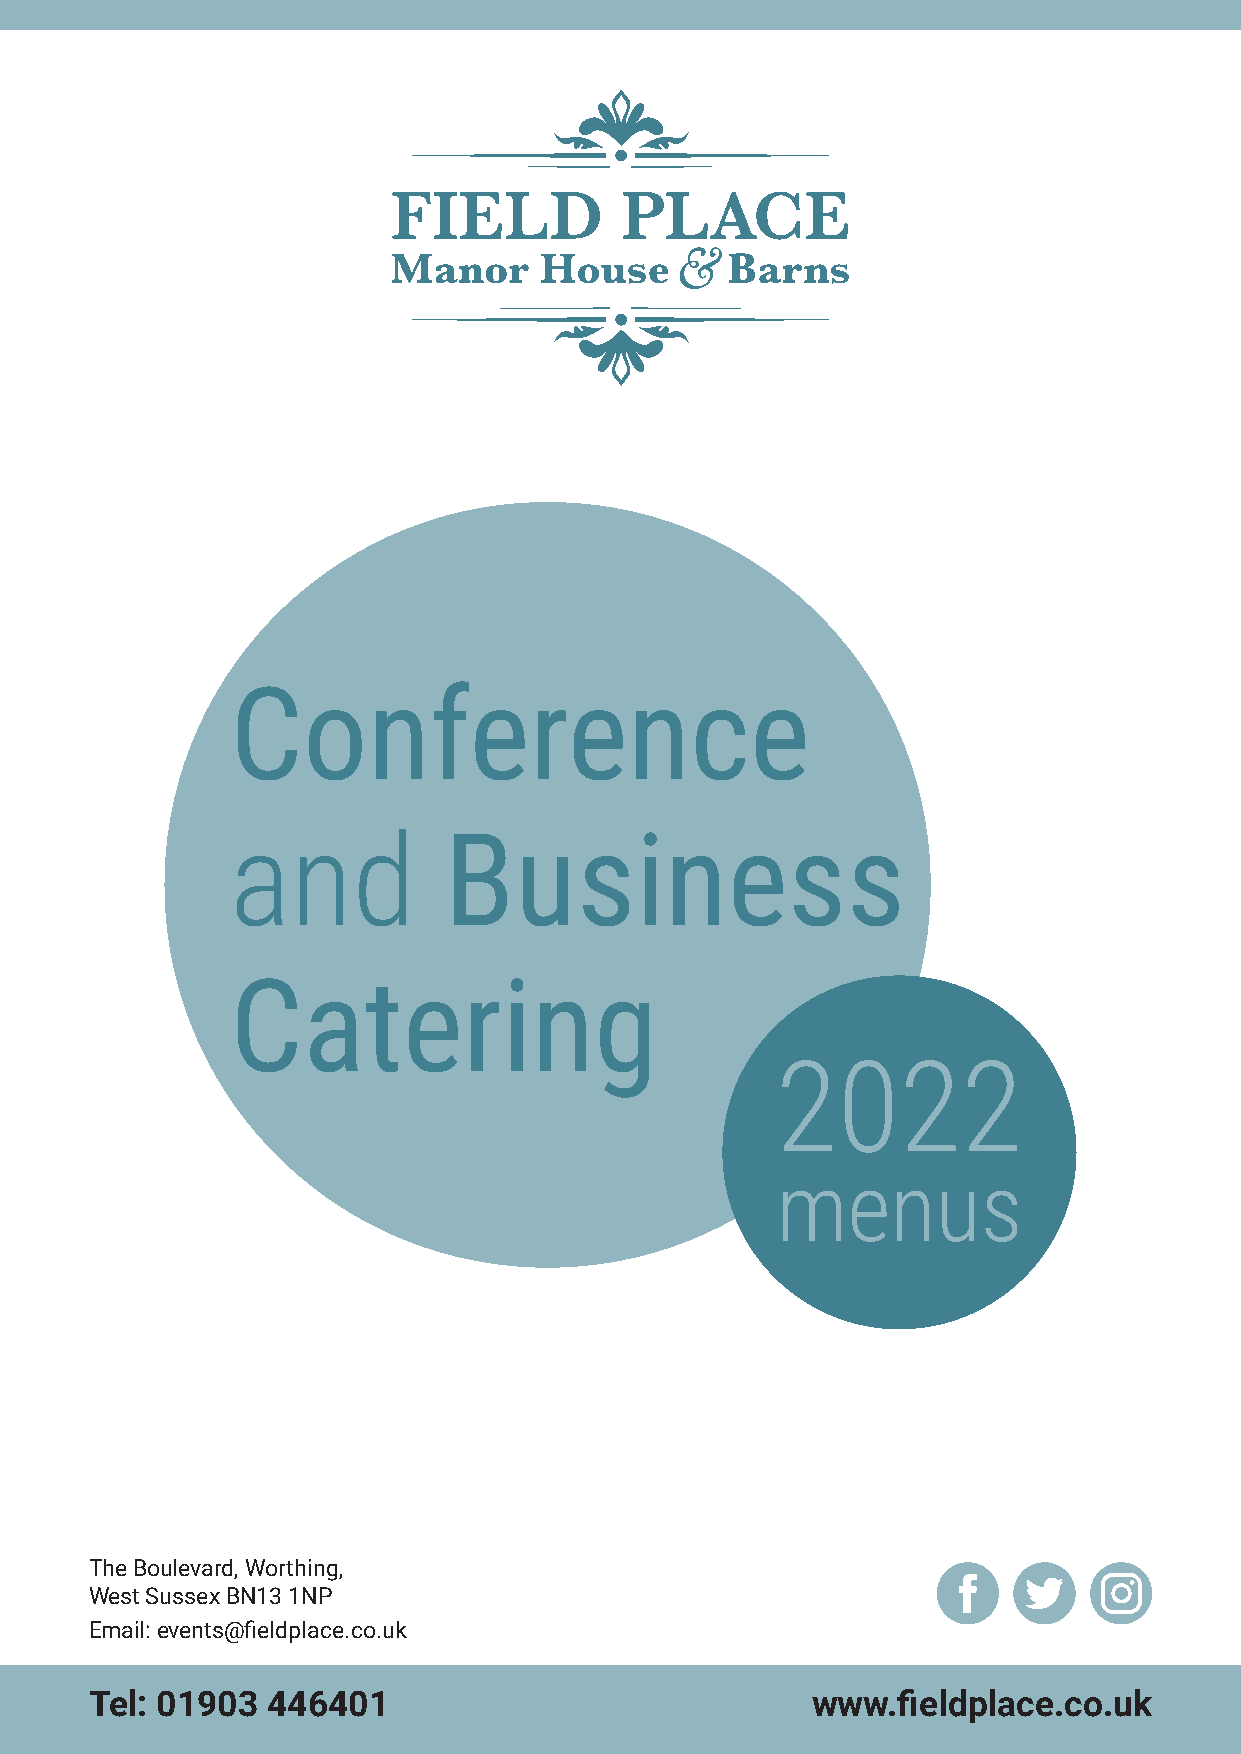
Conference
 and           Business
 Catering
 2022
 menus
 The Boulevard, Worthing,
 West Sussex BN13 1NP
 Email: events@fieldplace.co.uk
 Tel: 01903  446401                              www.fieldplace.co.uk